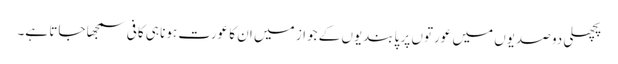
پچھلی دو صدیوں میں عورتوں پر پابندیوں کے جواز میں ان کا عورت ہونا ہی کافی سمجھا جاتا ہے۔